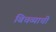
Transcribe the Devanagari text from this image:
बिचव्याची